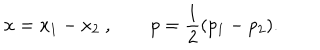
x = x _ { 1 } - x _ { 2 } \ , \qquad p = { \frac { 1 } { 2 } } ( p _ { 1 } - p _ { 2 } ) .